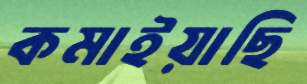
কমাইয়াছি